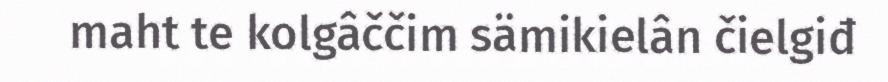
maht te kolgâččim sämikielân čielgiđ